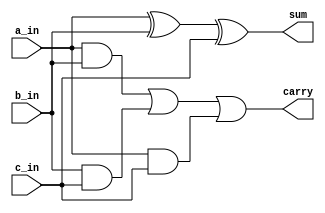
`timescale 1ns / 1ps
//////////////////////////////////////////////////////////////////////////////////
// Company: 
// Engineer: 
// 
// Design Name: 
// Module Name: full_adder
// Project Name: 
// Target Devices: 
// Tool Versions: 
// Description: 
// 
// Dependencies: 
// 
// Revision:
// Revision 0.01 - File Created
// Additional Comments:
// 
//////////////////////////////////////////////////////////////////////////////////


module full_adder(
    input a_in,
    input b_in,
    input c_in,
    output sum,
    output carry
    );
    assign sum=a_in^b_in^c_in;
    assign carry=(a_in & b_in)|(b_in & c_in)|(a_in & c_in);
endmodule